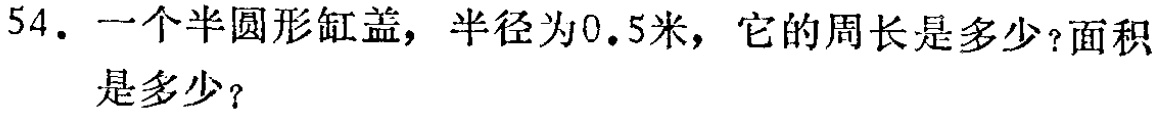
54. 一个半圆形缸盖，半径为0.5米，它的周长是多少？面积是多少？